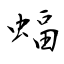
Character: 蝠